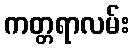
ကတ္တရာလမ်း